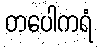
တပေါကရံ